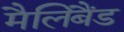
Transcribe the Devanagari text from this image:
मैलिबैंड